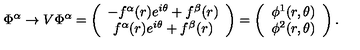
\Phi ^ { \alpha } \rightarrow V \Phi ^ { \alpha } = \left( \begin{array} { c } { - f ^ { \alpha } ( r ) e ^ { i \theta } + f ^ { \beta } ( r ) } \\ { f ^ { \alpha } ( r ) e ^ { i \theta } + f ^ { \beta } ( r ) } \\ \end{array} \right) = \left( \begin{array} { c } { \phi ^ { 1 } ( r , \theta ) } \\ { \phi ^ { 2 } ( r , \theta ) } \\ \end{array} \right) .